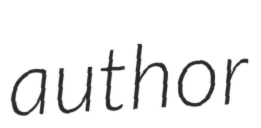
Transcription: author